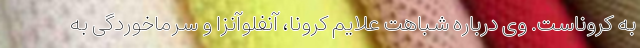
به کروناست. وی درباره شباهت علایم کرونا، آنفلوآنزا و سرماخوردگی به